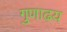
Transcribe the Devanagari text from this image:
गुणाढ़य